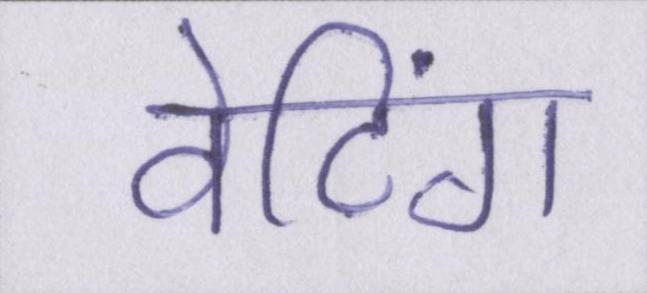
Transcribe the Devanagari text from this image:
वेटिंग